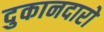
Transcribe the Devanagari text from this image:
दुकानदारो